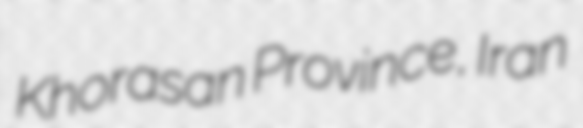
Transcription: Khorasan Province, Iran